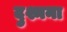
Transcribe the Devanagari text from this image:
दुश्मना